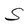
Character: S